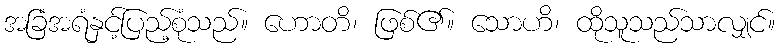
အခြံအရံနှင့်ပြည့်စုံသည်။ ဟောတိ၊ ဖြစ်၏။ သောဟိ၊ ထိုသူသည်သာလျှင်။